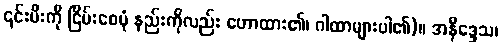
၎င်းမီးကို ငြိမ်းစေပုံ နည်းကိုလည်း ဟောထား၏၊ ဂါထာများပါ၏)။ အနိဒ္ဒေသ၊